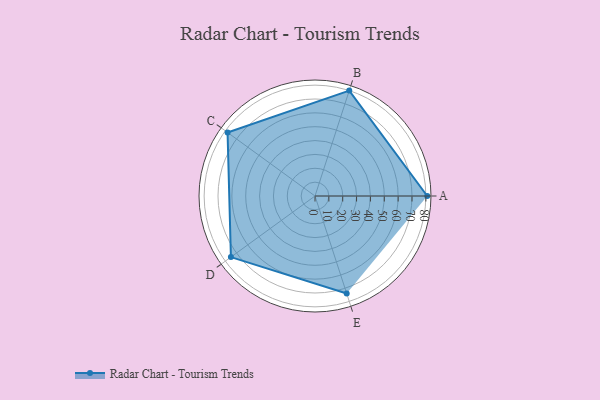
{"axis": {"x": "Skill", "y": "Score"}, "legend": ["Profile"], "data": [{"x": "A", "y": 81.0, "type": "Profile"}, {"x": "B", "y": 80.0, "type": "Profile"}, {"x": "C", "y": 78.0, "type": "Profile"}, {"x": "D", "y": 75.0, "type": "Profile"}, {"x": "E", "y": 74.0, "type": "Profile"}]}